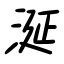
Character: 涎